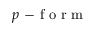
p \mathrm { ~ - ~ f ~ o ~ r ~ m ~ }